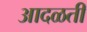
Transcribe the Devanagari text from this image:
आदळती